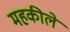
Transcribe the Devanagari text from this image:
महकीले